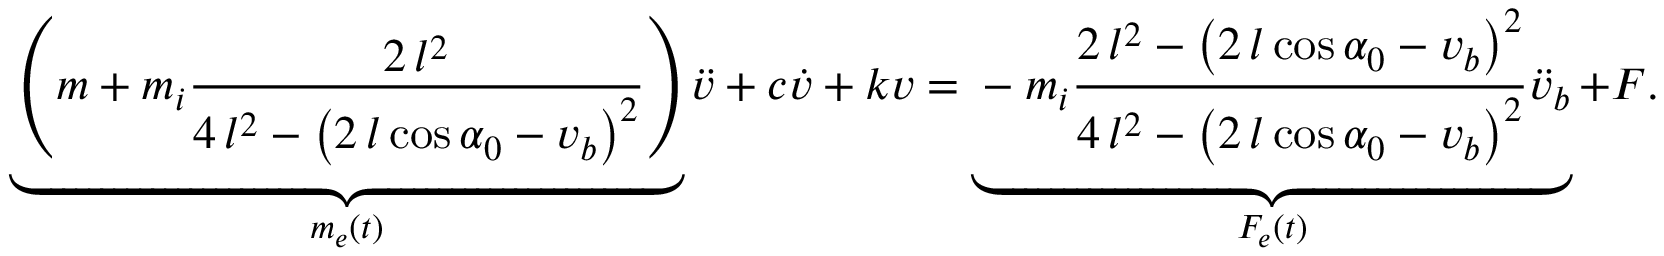
\underbrace { \left( m + m _ { i } \frac { 2 \, l ^ { 2 } } { 4 \, l ^ { 2 } - { \left( 2 \, l \cos { \alpha _ { 0 } } - v _ { b } \right) } ^ { 2 } } \right) } _ { m _ { e } ( t ) } \ddot { v } + c \dot { v } + k v = \underbrace { - m _ { i } \frac { 2 \, l ^ { 2 } - \left( 2 \, l \cos { \alpha _ { 0 } } - v _ { b } \right) ^ { 2 } } { 4 \, l ^ { 2 } - { \left( 2 \, l \cos { \alpha _ { 0 } } - v _ { b } \right) } ^ { 2 } } \ddot { v } _ { b } } _ { F _ { e } ( t ) } + F .